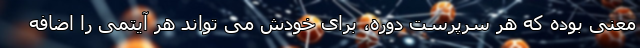
معنی بوده که هر سرپرست دوره، برای خودش می تواند هر آیتمی را اضافه